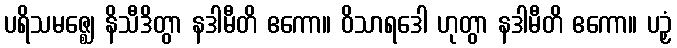
ပရိသမဇ္ဈေ နိသီဒိတွာ နဒါမီတိ ဧကော။ ဝိသာရဒေါ ဟုတွာ နဒါမီတိ ဧကော။ ပဉှံ